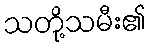
သတို့သမီး၏